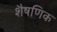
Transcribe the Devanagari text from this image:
शैषणिक